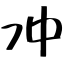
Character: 冲